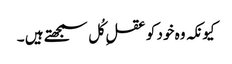
کیونکہ وہ خود کو عقلِ کُل سمجھتے ہیں ۔